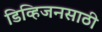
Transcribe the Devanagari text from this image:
डिव्हिजनसाठी